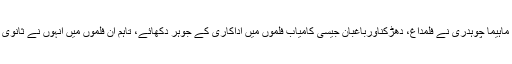
واضح رہے کہ بالی ووڈ کے بادشاہ شاہ رخ خان کے ساتھ ڈیبیو کرنے والی اداکارہ ماہیما چوہدری نے فلمداغ، دھڑکناورباغبان جیسی کامیاب فلموں میں اداکاری کے جوہر دکھائے، تاہم ان فلموں میں انہوں نے ثانوی کردار نبھایا تھا جنہوں نے ان کے کیرئیر کو آگے بڑھانے میں کوئی مدد نہیں کی۔